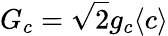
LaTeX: G_{c}=\sqrt{2}g_{c}\langle c\rangle